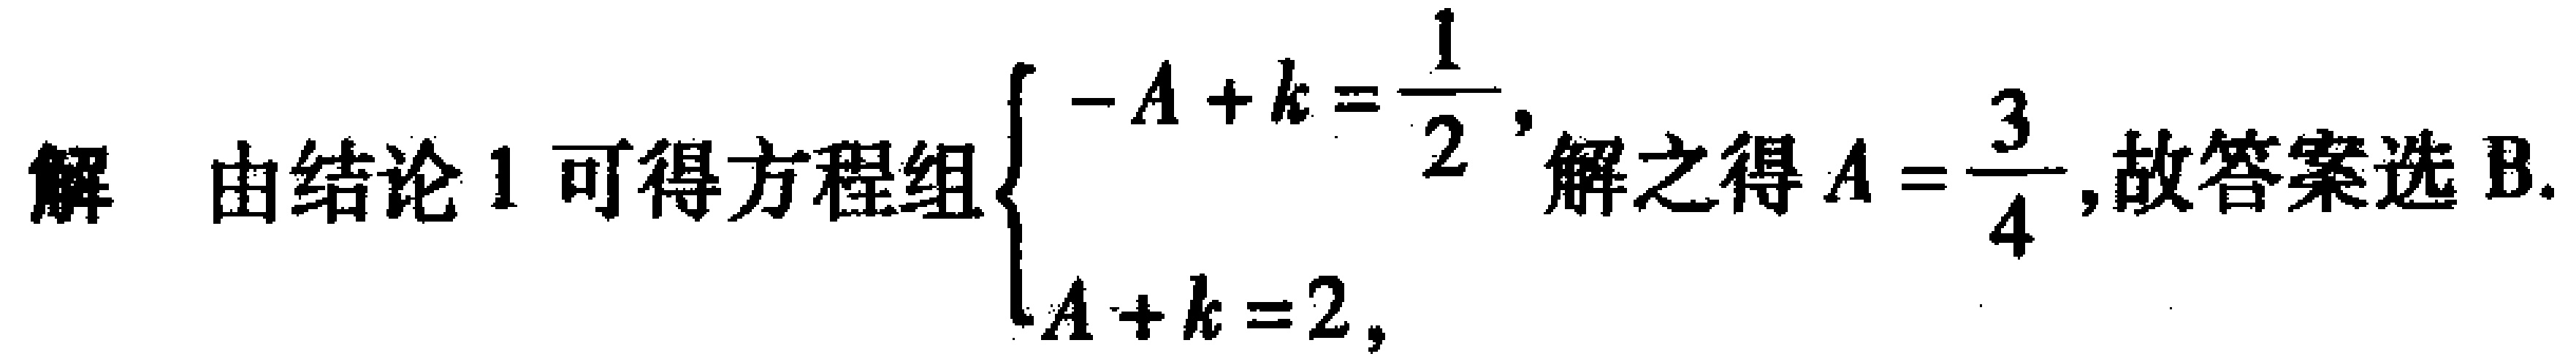
解 由结论 1 可得方程组$\begin{cases}-A + k = \dfrac{1}{2},\\A + k = 2,\end{cases}$解之得$A = \dfrac{3}{4}$,故答案选 B.